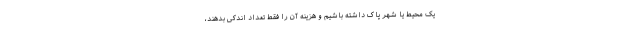
یک محیط یا شهر پاک داشته باشیم و هزینه آن را فقط تعداد اندکی بدهند،